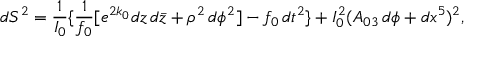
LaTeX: d S ^ { 2 } = { \frac { 1 } { I _ { 0 } } } \{ { \frac { 1 } { f _ { 0 } } } [ e ^ { 2 k _ { 0 } } d z \, d { \bar { z } } + \rho ^ { 2 } \, d \phi ^ { 2 } ] - f _ { 0 } \, d t ^ { 2 } \} + I _ { 0 } ^ { 2 } ( A _ { 0 3 } \, d \phi + d x ^ { 5 } ) ^ { 2 } ,